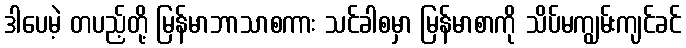
ဒါပေမဲ့ တပည့်တို့ မြန်မာဘာသာစကား သင်ခါစမှာ မြန်မာစာကို သိပ်မကျွမ်းကျင်ခင်